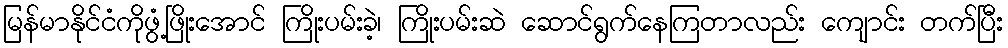
မြန်မာနိုင်ငံကိုဖွံ့ဖြိုးအောင် ကြိုးပမ်းခဲ့၊ ကြိုးပမ်းဆဲ ဆောင်ရွက်နေကြတာလည်း ကျောင်း တက်ပြီး